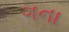
ગના